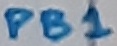
Text: PB1